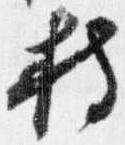
持